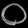
Digit: ၀